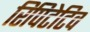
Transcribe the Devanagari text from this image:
रिपिटेटिव